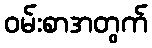
ဝမ်းစာအတွက်